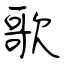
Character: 歌